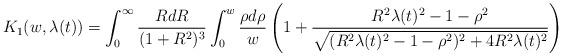
LaTeX: \begin{align*} K_{1}(w,\lambda(t)) = \int_{0}^{\infty} \frac{R dR}{(1+R^{2})^{3}} \int_{0}^{w} \frac{\rho d\rho}{w} \left(1+\frac{R^{2}\lambda(t)^{2}-1-\rho^{2}}{\sqrt{(R^{2}\lambda(t)^{2}-1-\rho^{2})^{2}+4R^{2}\lambda(t)^{2}}}\right)\end{align*}